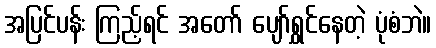
အပြင်ပန်း ကြည့်ရင် အတော် ပျော်ရွှင်နေတဲ့ ပုံစံဘဲ။